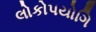
લોકોપયોગિ